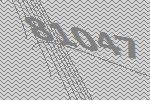
81047